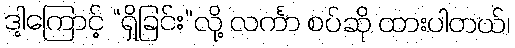
ဒါ့ကြောင့် “ရှိခြင်း”လို့ လင်္ကာ စပ်ဆို ထားပါတယ်၊